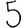
Digit: 5